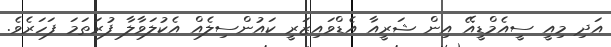
އަދި މިއީ ސީއެމްޑީއޭ އިން ޝަރީއާ އެޑްވައިޒަރީ ކައުންސިލެއް އެކުލަވާލާ ފުރަތަމަ ފަހަރެވެ.